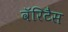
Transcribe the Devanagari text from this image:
वॅरिटैस